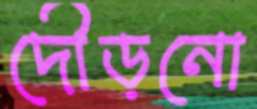
দৌড়নো